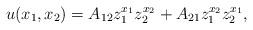
LaTeX: \begin{align*}u(x_1, x_2) = A_{12} z_1^{x_1} z_2^{x_2} + A_{21} z_1^{x_2} z_2^{x_1},\end{align*}